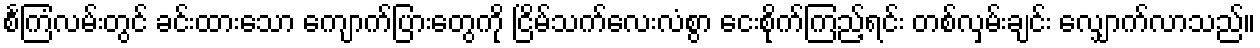
စင်္ကြံလမ်းတွင် ခင်းထားသော ကျောက်ပြားတွေကို ငြိမ်သက်လေးလံစွာ ငေးစိုက်ကြည့်ရင်း တစ်လှမ်းချင်း လျှောက်လာသည်။